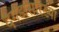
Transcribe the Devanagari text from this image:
दगडासारख्या